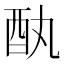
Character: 𫑳